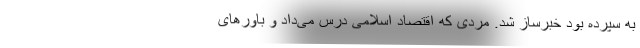
به سپرده بود خبر‌ساز شد. مردی که اقتصاد اسلامی درس می‌داد و باورهای